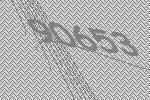
90653